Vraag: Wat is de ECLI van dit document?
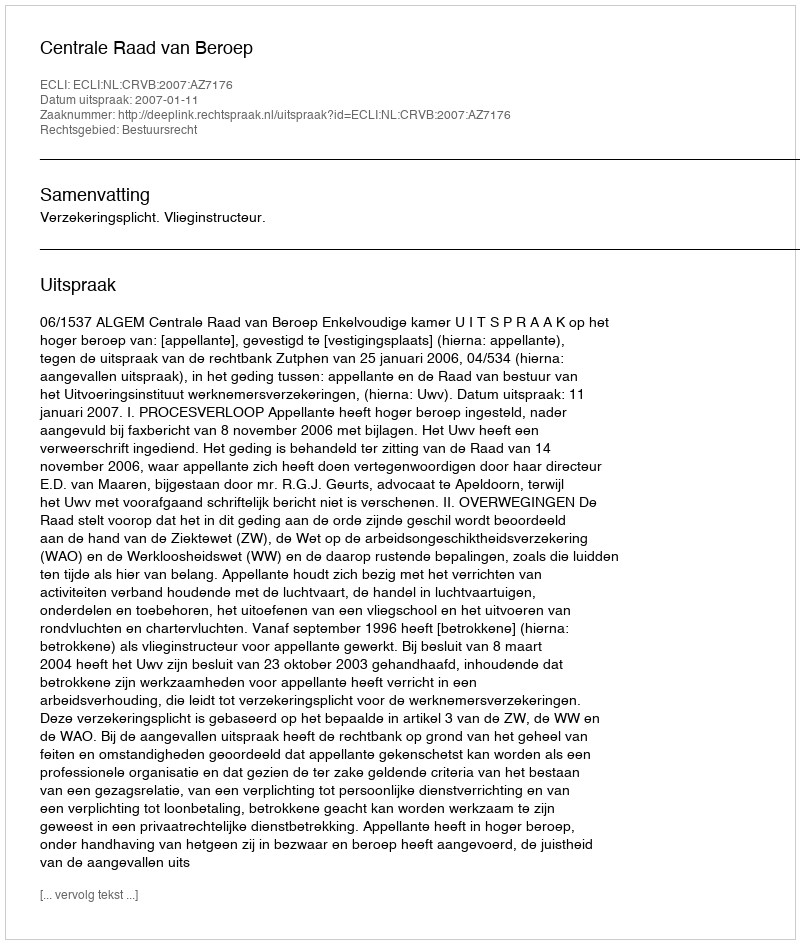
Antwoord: ECLI:NL:CRVB:2007:AZ7176